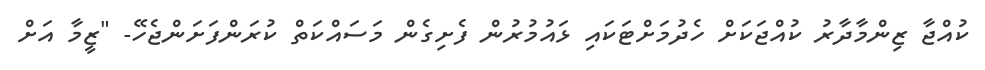
ކުއްޖާ ޒިންމާދާރު ކުއްޖަކަށް ހެދުމަށްޓަކައި ޅައުމުރުން ފެށިގެން މަސައްކަތް ކުރަންފަށަންޖެހޭ- "ޒީމާ އަށް